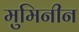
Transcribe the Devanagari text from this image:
मुमिनीन